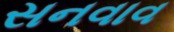
સનવાવ